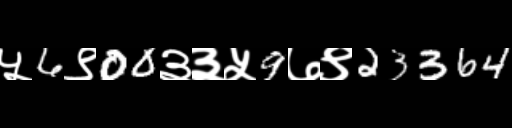
Text: ५6९00३३५9७९23364